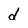
Character: d